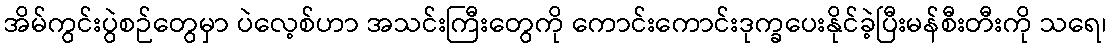
အိမ်ကွင်းပွဲစဉ်တွေမှာ ပဲလေ့စ်ဟာ အသင်းကြီးတွေကို ကောင်းကောင်းဒုက္ခပေးနိုင်ခဲ့ပြီးမန်စီးတီးကို သရေ၊